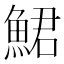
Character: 鮶